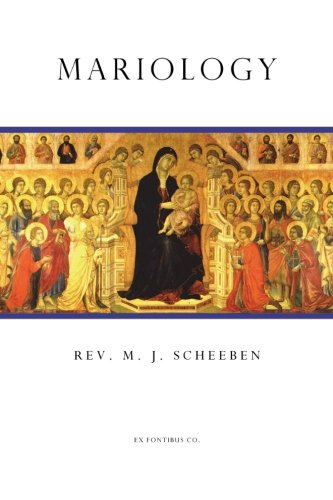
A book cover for Mariology; M. J. Scheeben; Christian Books & Bibles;